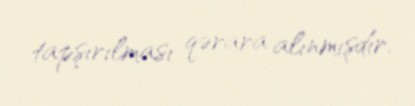
tapşırılması qərara alınmışdır.